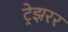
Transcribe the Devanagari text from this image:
ट्रेझरर